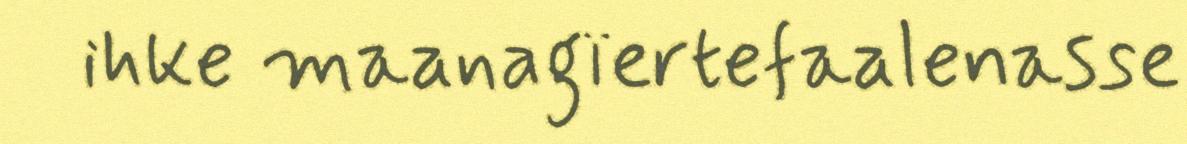
ihke maanagïertefaalenasse